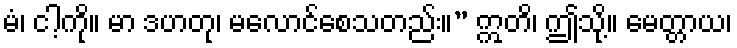
မံ၊ ငါ့ကို။ မာ ဒဟတု၊ မလောင်စေသတည်း။” ဣတိ၊ ဤသို့။ မေတ္တာယ၊